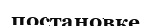
постановке